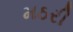
મઠરી